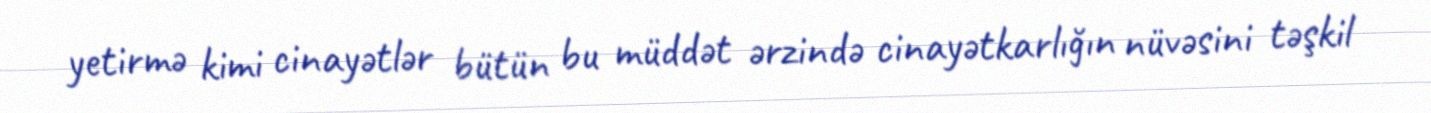
yetirmə kimi cinayətlər bütün bu müddət ərzində cinayətkarlığın nüvəsini təşkil